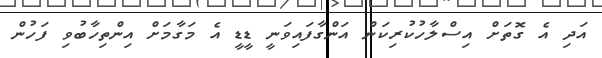
އަދި އެ ގޮތަށް އިސްލާހުކުރިކަން އަންގާފައިވަނީ ޑީޑީ އެ މަގާމަށް އިންތިހާބުވި ފަހުން